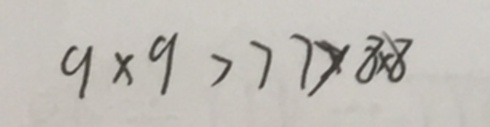
9 \times 9 > 7 7 > 8 \times 8